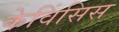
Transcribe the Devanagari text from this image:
केविंसिस